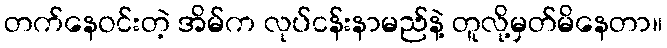
တက်နေဝင်းတဲ့ အိမ်က လုပ်ငန်းနာမည်နဲ့ တူလို့မှတ်မိနေတာ။